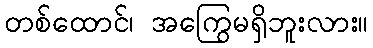
တစ်ထောင်၊ အကြွေမရှိဘူးလား။